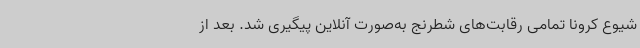
شیوع کرونا تمامی رقابت‌های شطرنج به‌صورت آنلاین پیگیری شد. بعد از